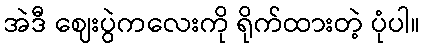
အဲဒီ ဈေးပွဲကလေးကို ရိုက်ထားတဲ့ ပုံပါ။